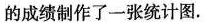
的成绩制作了一张统计图.